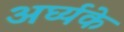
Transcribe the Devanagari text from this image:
अर्घ्यके